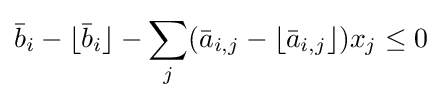
{\bar {b}}_{i}-\lfloor {\bar {b}}_{i}\rfloor -\sum _{j}({\bar {a}}_{i,j}-\lfloor {\bar {a}}_{i,j}\rfloor )x_{j}\leq 0